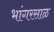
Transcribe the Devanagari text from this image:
भांगरसाळ